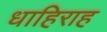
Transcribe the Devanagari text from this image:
धाहिराह